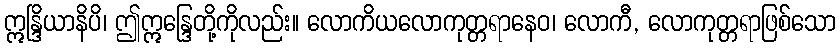
ဣန္ဒြိယာနိပိ၊ ဤဣန္ဒြေတို့ကိုလည်း။ လောကိယလောကုတ္တရာနေဝ၊ လောကီ, လောကုတ္တရာဖြစ်သော